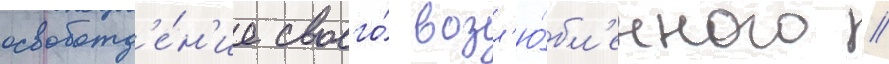
освобожд'е́н'ие своего́ возл'ю́бл'енного //